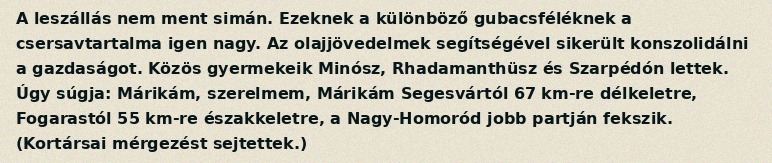
A leszállás nem ment simán. Ezeknek a különböző gubacsféléknek a csersavtartalma igen nagy. Az olajjövedelmek segítségével sikerült konszolidálni a gazdaságot. Közös gyermekeik Minósz, Rhadamanthüsz és Szarpédón lettek. Úgy súgja: Márikám, szerelmem, Márikám Segesvártól 67 km-re délkeletre, Fogarastól 55 km-re északkeletre, a Nagy-Homoród jobb partján fekszik. (Kortársai mérgezést sejtettek.)